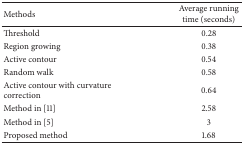
<table><thead><tr><td><b> Methods </b></td><td><b> Average running time (seconds) </b></td></tr></thead><tbody><tr><td>Threshold </td><td> 0.28 </td></tr><tr><td>Region growing </td><td> 0.38 </td></tr><tr><td>Active contour </td><td> 0.54 </td></tr><tr><td>Random walk </td><td> 0.58 </td></tr><tr><td>Active contour with curvature correction </td><td> 0.64 </td></tr><tr><td>Method in [11] </td><td> 2.58 </td></tr><tr><td>Method in [5] </td><td> 3 </td></tr><tr><td>Proposed method </td><td> 1.68 </td></tr></tbody></table>